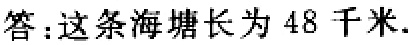
答：这条海塘长为 \(48\) 千米.